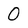
Character: O